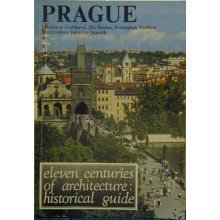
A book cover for Prague: Eleven Centuries of Architecture; Jaroslava Stankova; Travel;